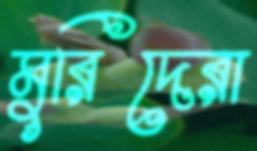
মুরিদেরা